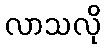
လာသလို